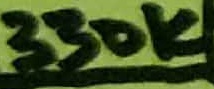
Text: 330K